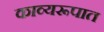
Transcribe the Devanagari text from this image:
काव्यरूपात